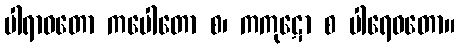
ပါရာဝတော ကပေါတော စ၊ ကကုဋော စ ပါရေဝတော။